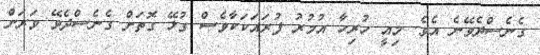
ގެނެސްދެވޭނެ އެވެ. މިއީ ހުރިހާ އުމުރު ފުރައަކަކާވެސް ގުޅޭ ގޮތަށް ގެނެސްދެވޭ ވަރަށް